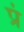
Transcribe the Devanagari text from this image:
प्रं